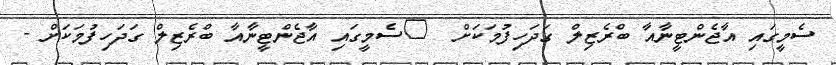
ސެމީގައި އާޖެންޓީނާއާ ބްރެޒިލް ގަދަހިފުމަކަށް  	ސެމީގައި އާޖެންޓީނާއާ ބްރެޒިލް ގަދަހިފުމަކަށް -